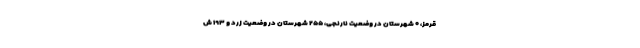
قرمز، ۰ شهرستان در وضعیت نارنجی، ۲۵۵ شهرستان در وضعیت زرد و ۱۹۳ ش